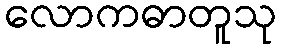
လောကဓာတူသု